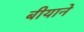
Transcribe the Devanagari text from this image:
बीयाने